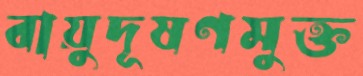
বায়ুদূষণমুক্ত